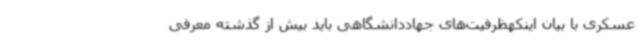
عسکری با بیان اینکهظرفیت‌های جهاددانشگاهی باید بیش از گذشته معرفی